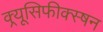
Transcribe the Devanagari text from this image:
क्र्यूसिफीक्स्षन